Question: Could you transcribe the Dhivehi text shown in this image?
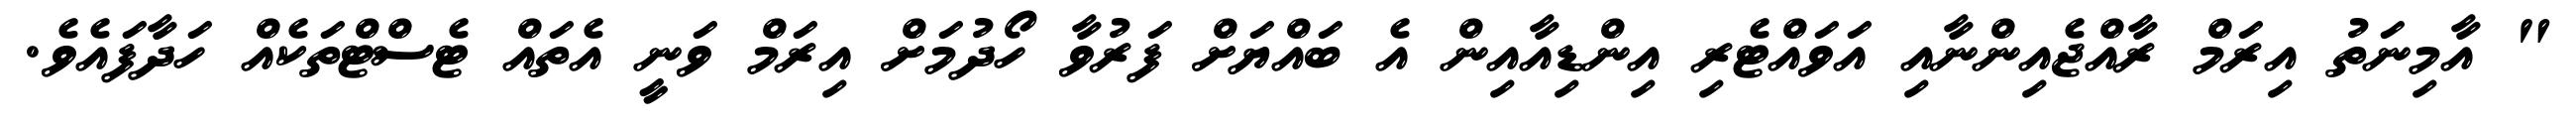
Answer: " އާމިނަތު އިރަމް ރާއްޖެއިންނާއި އަވައްޓެރި އިންޑިއާއިން އެ ބައްޔަށް ފަރުވާ ހޯދުމަށް އިރަމް ވަނީ އެތައް ޓެސްޓްތަކެއް ހަދާފައެވެ.